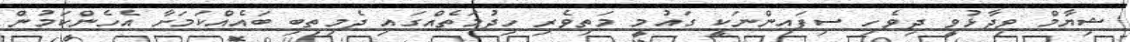
ޝިޔާމް ވިދާޅުވީ ދިވެހި ސިފައިންނަކީ ގައުމީ މަތިވެރި ހިދުމަތެއްގައި ދެމިތިބި ބައެއްކަމަށާ އެހެންކަމުން